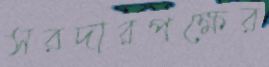
সরদারপক্ষের